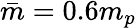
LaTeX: \bar{m}=0.6m_{p}